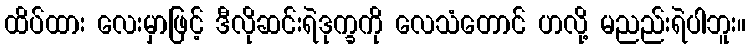
ထိပ်ထား လေးမှာဖြင့် ဒီလိုဆင်းရဲဒုက္ခကို လေသံတောင် ဟလို့ မညည်းရဲပါဘူး။